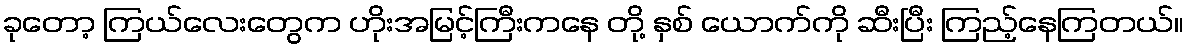
ခုတော့ ကြယ်လေးတွေက ဟိုးအမြင့်ကြီးကနေ တို့ နှစ် ယောက်ကို ဆီးပြီး ကြည့်နေကြတယ်။